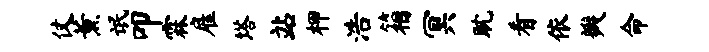
仗薰氓叩霖雇塔站柙浩箱冥耽看依瓣命